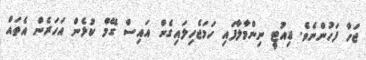
ޖަހާ ފަހުންނެވެ. ޑިއުޓީ ނިންމާލާފައި ހަމަޖެހިލައިގެން އައިސް ގޭމް ކުޅެން އަހަރެން އެތައް